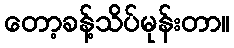
တော့ခန့်သိပ်မုန်းတာ။